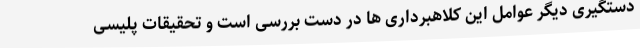
دستگیری دیگر عوامل این کلاهبرداری ها در دست بررسی است و تحقیقات پلیسی